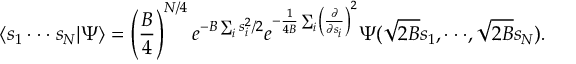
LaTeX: \langle s _ { 1 } \cdot \cdot \cdot s _ { N } | \Psi \rangle = \left( { \frac { B } { 4 } } \right) ^ { N / 4 } e ^ { - B \sum _ { i } s _ { i } ^ { 2 } / 2 } e ^ { - { \frac { 1 } { 4 B } } \sum _ { i } \left( { \frac { \partial } { \partial s _ { i } } } \right) ^ { 2 } } \Psi ( \sqrt { 2 B } s _ { 1 } , \cdot \cdot \cdot , \sqrt { 2 B } s _ { N } ) .